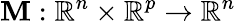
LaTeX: \boldsymbol{\mathbf{M}}:\mathbb{{R}}^{n}\times\mathbb{{R}}^{p}\to\mathbb{{R}}^{n}